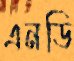
এনডি